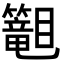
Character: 𬕾